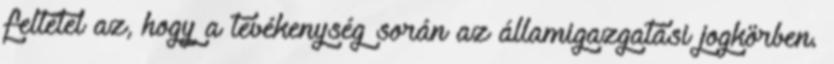
feltétel az, hogy a tevékenység során az államigazgatási jogkörben.